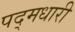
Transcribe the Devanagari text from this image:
पद्मधारी